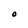
Character: O